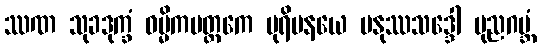
ဿဏ သုခဒုက္ခံ ဝမ္မိကမတ္ထကေ ပုရိမနယေ မနုဿသဒ္ဒေါ ပုညဂဗ္ဘံ